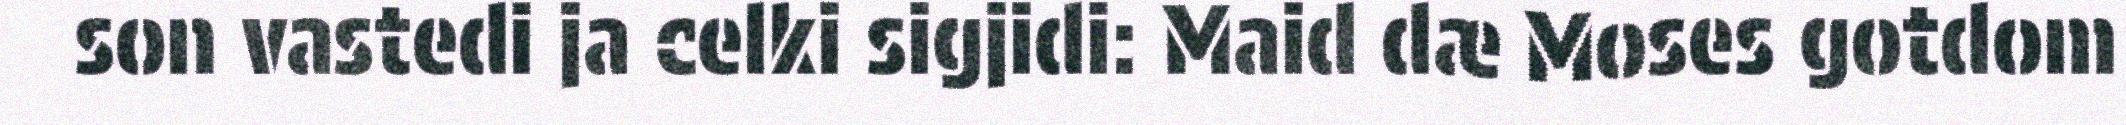
son vastedi ja celki sigjidi: Maid dæ Moses gotdom